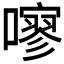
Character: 𱕐